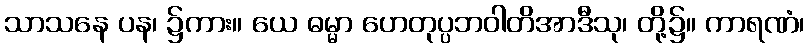
သာသနေ ပန၊ ၌ကား။ ယေ ဓမ္မာ ဟေတုပ္ပဘဝါတိအာဒီသု၊ တို့၌။ ကာရဏံ၊